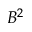
B ^ { 2 }